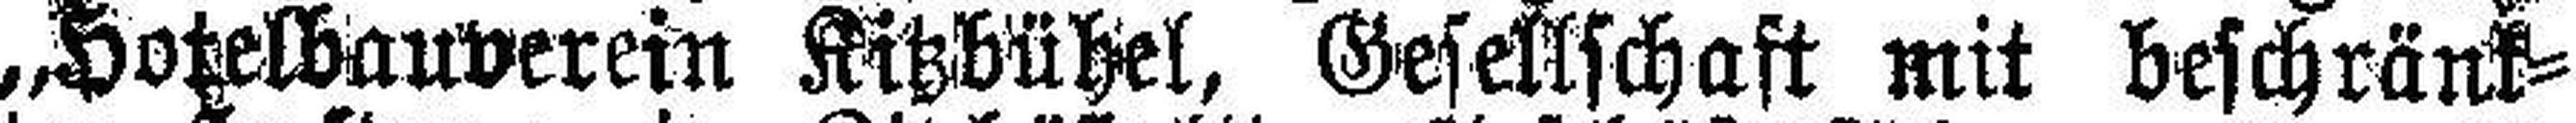
„Hotelbauverein Kitzbühel, Gesellschaft mit beschränk¬